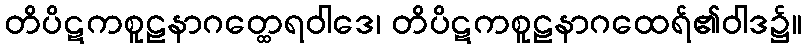
တိပိဋကစူဠနာဂတ္ထေရဝါဒေ၊ တိပိဋကစူဠနာဂထေရ်၏ဝါဒ၌။